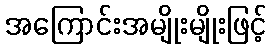
အကြောင်းအမျိုးမျိုးဖြင့်